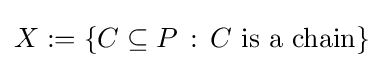
X\mathrel {\mathop {:} } =\{C\subseteq P\,:\,C\ {\text{is a chain}}\}